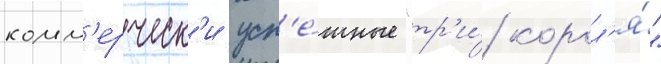
комм'ерческ'и усп'е́шные "тр'и́ корол'я́"